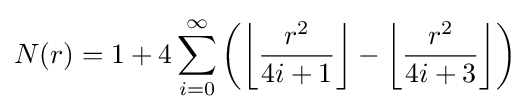
N(r)=1+4\sum _{i=0}^{\infty }\left(\left\lfloor {\frac {r^{2}}{4i+1}}\right\rfloor -\left\lfloor {\frac {r^{2}}{4i+3}}\right\rfloor \right)